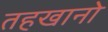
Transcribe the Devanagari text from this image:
तहखानो